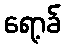
ရော့ခ်